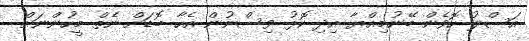
އަސްލު ހޮވެން ބޭނުމިއްޔާ އިދި ކޮޅު ވިސްނުން އެހާ ބޮޑަށް ނެތް މީހުންނަށް